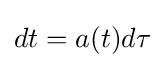
dt=a(t)d\tau